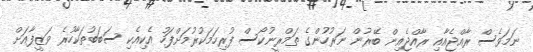
ނަމަވެސް ރާއްޖެއާއި ރާއްޖެއިން ބޭރުން ނަރުހުންގެ ތަމްރީނުކޯސް ފުރިހަމަކުރުމަށްފަހު އެކިއެކި ސަބަބުތަކާހުރެ ވަޒީފާއަށް